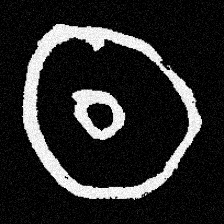
Pyu character \u2014 Myanmar letter: ထ (romanized: tha)